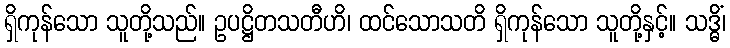
ရှိကုန်သော သူတို့သည်။ ဥပဋ္ဌိတသတီဟိ၊ ထင်သောသတိ ရှိကုန်သော သူတို့နှင့်။ သဒ္ဓိံ၊